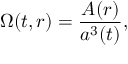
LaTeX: \Omega ( t , r ) = \frac { A ( r ) } { a ^ { 3 } ( t ) } ,